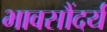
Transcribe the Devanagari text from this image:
भावसौंदर्य